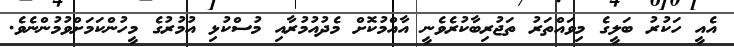
އެއީ ހަކުރު ބަލީގެ މިވައްތަރު ތަޖުރިބާކުރެވެނީ އާއްމުކޮށް މެދުއުމުރާއި މުސްކުޅި އުމުރުގެ މީހުންކަމަށްވުމުންނެވެ.